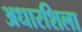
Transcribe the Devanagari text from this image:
अधारशिला